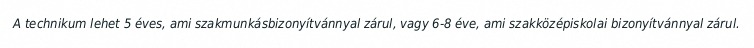
A technikum lehet 5 éves, ami szakmunkásbizonyítvánnyal zárul, vagy 6-8 éve, ami szakközépiskolai bizonyítvánnyal zárul.